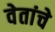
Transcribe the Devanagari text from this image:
वेतांचे